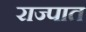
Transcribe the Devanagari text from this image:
राज्पात